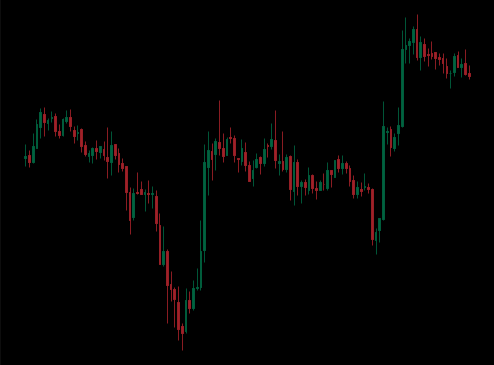
Pattern: unclassified